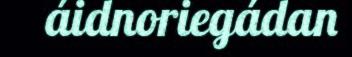
áidnoriegádan